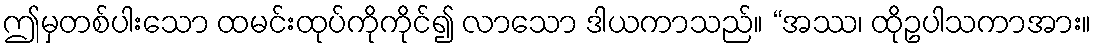
ဤမှတစ်ပါးသော ထမင်းထုပ်ကိုကိုင်၍ လာသော ဒါယကာသည်။ “အဿ၊ ထိုဥပါသကာအား။